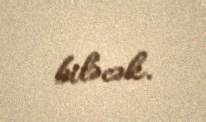
biləcək.